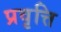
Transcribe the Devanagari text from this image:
प्रवृत्ति